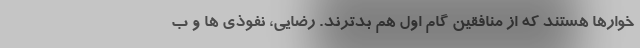
خوارها هستند که از منافقین گام اول هم بدترند. رضایی، نفوذی ها و ب